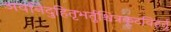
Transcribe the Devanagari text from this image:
अवनिदुहितृभर्तुश्चित्रकूटविहर्तु